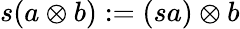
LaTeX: s(a\otimes b):=(sa)\otimes b